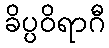
ခိပ္ပဝိရာဂီ